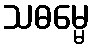
သဓမ္မေ